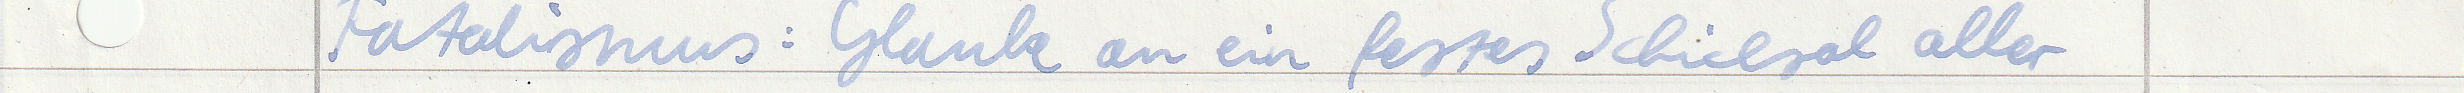
Fatalismus: Glaube an ein festes Schicksal aller